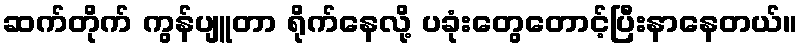
ဆက်တိုက် ကွန်ပျူတာ ရိုက်နေလို့ ပခုံးတွေတောင့်ပြီးနာနေတယ်။